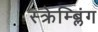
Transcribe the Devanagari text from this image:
स्क्रेम्ब्लिंग